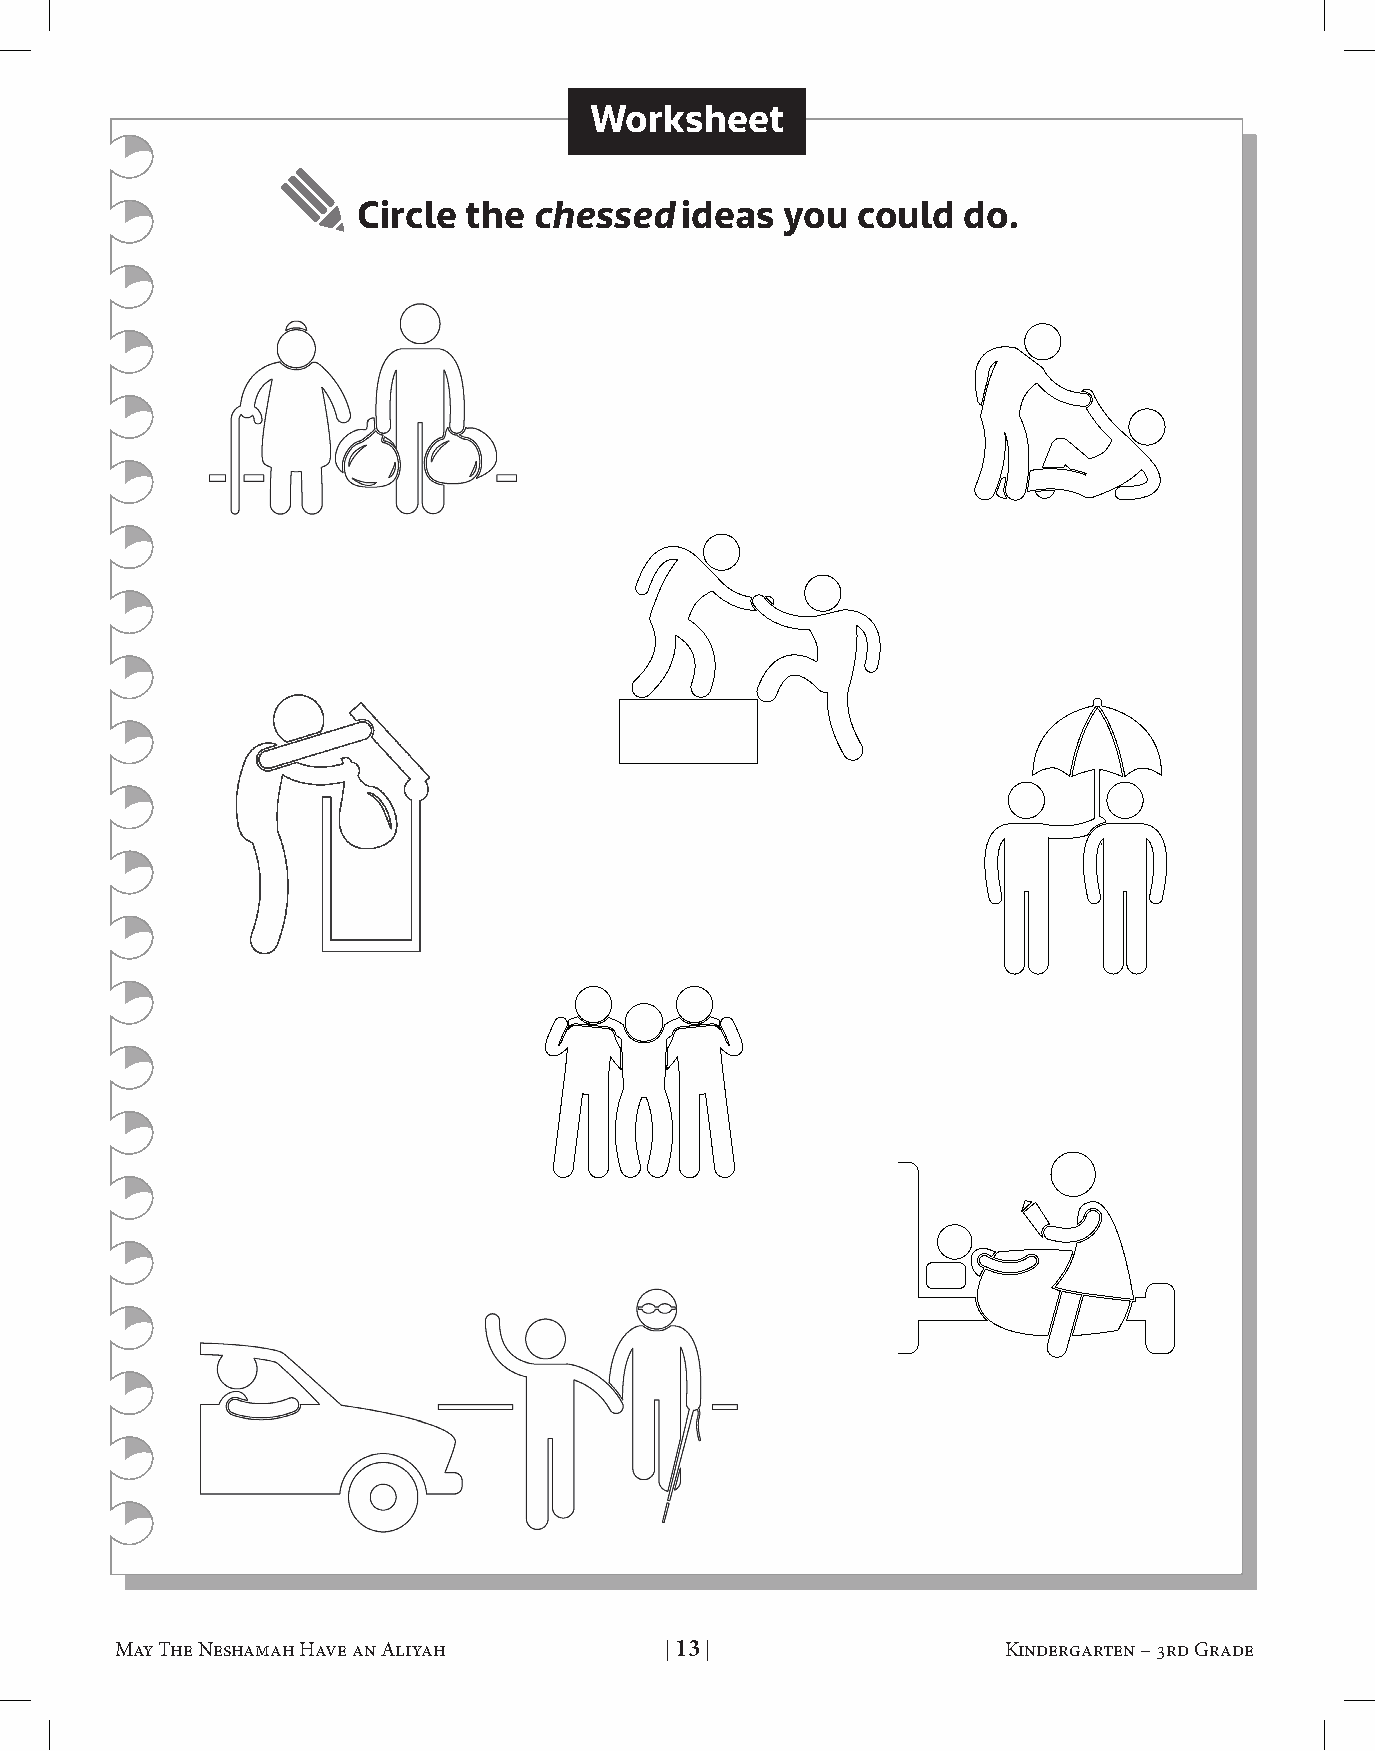
Worksheet
 Circle the chessed   ideas  you  could  do.
 May The Neshamah Have an Aliyah     | 13 |                 Kindergarten – 3rd Grade May The Neshamah Have an Aliyah     | 14 |                 Kindergarten – 3rd Grade